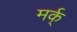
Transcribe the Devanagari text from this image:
मर्क्